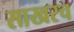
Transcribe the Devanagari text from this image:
साखरच